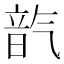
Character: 𪵦